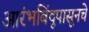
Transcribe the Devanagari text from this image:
आरंभबिंदूपासूनचे